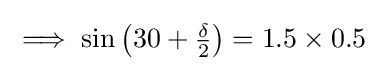
{\textstyle \implies \sin \left(30+{\frac {\delta }{2}}\right)=1.5\times 0.5}